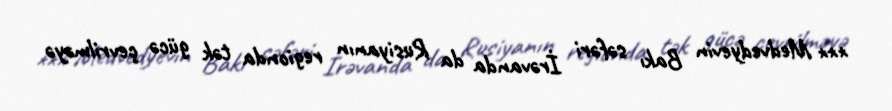
*** Medvedyevin Bakı səfəri İrəvanda da Rusiyanın regionda tək gücə çevrilməyə